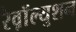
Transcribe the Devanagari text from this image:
रेव़ाॅल्युशन